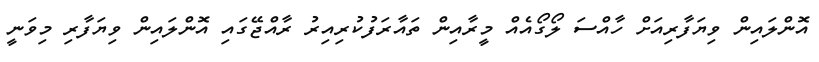
އޮންލައިން ވިޔަފާރިއަށް ހާއްސަ ލޯގޯއެއް މީރާއިން ތައާރަފުކުރިއިރު ރާއްޖޭގައި އޮންލައިން ވިޔަފާރި މިވަނީ